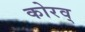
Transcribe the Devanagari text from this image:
कोरव्